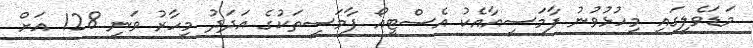
މަޑަވެލީގައި މިހުޅުވުނު ފާމަސީއާއެކު އެސްޓީއޯ ފާމަސީތަކުގެ އަދަދު މިހާރު ވަނީ 128 އަށް